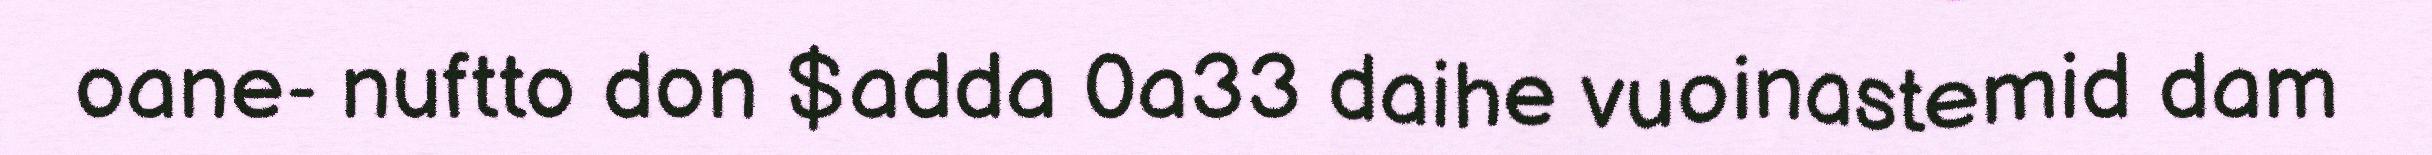
oane- nuftto don $adda 0a33 daihe vuoinastemid dam